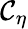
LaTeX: \mathcal{C}_{\eta}